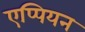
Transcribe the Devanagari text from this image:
एप्पियन